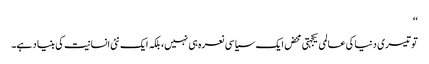
‘‘
تو تیسری دنیا کی عالمی یکجہتی محض ایک سیاسی نعرہ ہی نہیں، بلکہ ایک نئی انسانیت کی بنیاد ہے۔